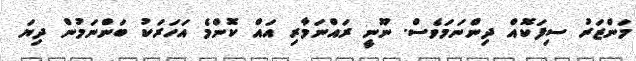
މަންޒަރު ސިފަކޮއް ދިންނަމަވެސް. ނޫނީ ރައްނަމާރި އައް ކޮންމެ އަހަރަކު ބަންނަމުން ދިޔަ